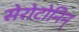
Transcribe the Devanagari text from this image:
सेरोटोनिन्